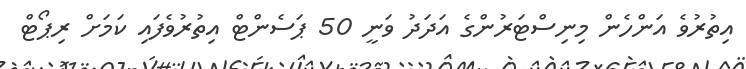
އިތުރުވެ އަންހެން މިނިސްޓަރުންގެ އަދަދު ވަނީ 50 ޕަސެންޓް އިތުރުވެފައި ކަމަށް ރިޕޯޓް